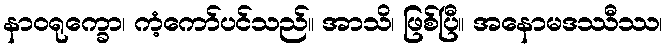
နာဝရုက္ခော၊ ကံ့ကော်ပင်သည်။ အာသိ၊ ဖြစ်ပြီ။ အနောမဒဿီဿ၊